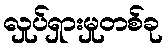
လှုပ်ရှားမှုတစ်ခု